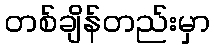
တစ်ချိန်တည်းမှာ